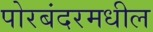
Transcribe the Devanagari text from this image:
पोरबंदरमधील